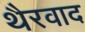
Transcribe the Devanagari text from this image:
थैरवाद